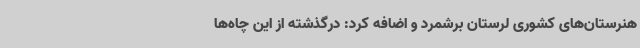
هنرستان‌های کشوری لرستان برشمرد و اضافه کرد: درگذشته از این چاه‌ها